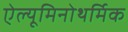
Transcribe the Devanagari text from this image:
ऐल्यूमिनोथर्मिक